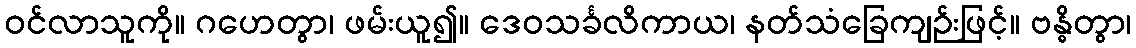
ဝင်လာသူကို။ ဂဟေတွာ၊ ဖမ်းယူ၍။ ဒေဝသင်္ခလိကာယ၊ နတ်သံခြေကျဉ်းဖြင့်။ ဗန္ဓိတွာ၊